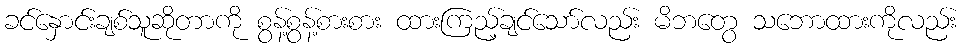
ခင်နှောင်းချစ်သူဆိုတာကို စွန့်စွန့်စားစား ထားကြည့်ချင်သော်လည်း မိဘတွေ သဘောထားကိုလည်း